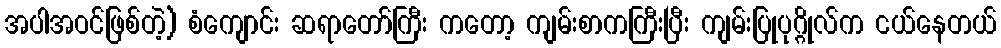
အပါအဝင်ဖြစ်တဲ့) စံကျောင်း ဆရာတော်ကြီး ကတော့ ကျမ်းစာကကြီးပြီး ကျမ်းပြုပုဂ္ဂိုလ်က ငယ်နေတယ်